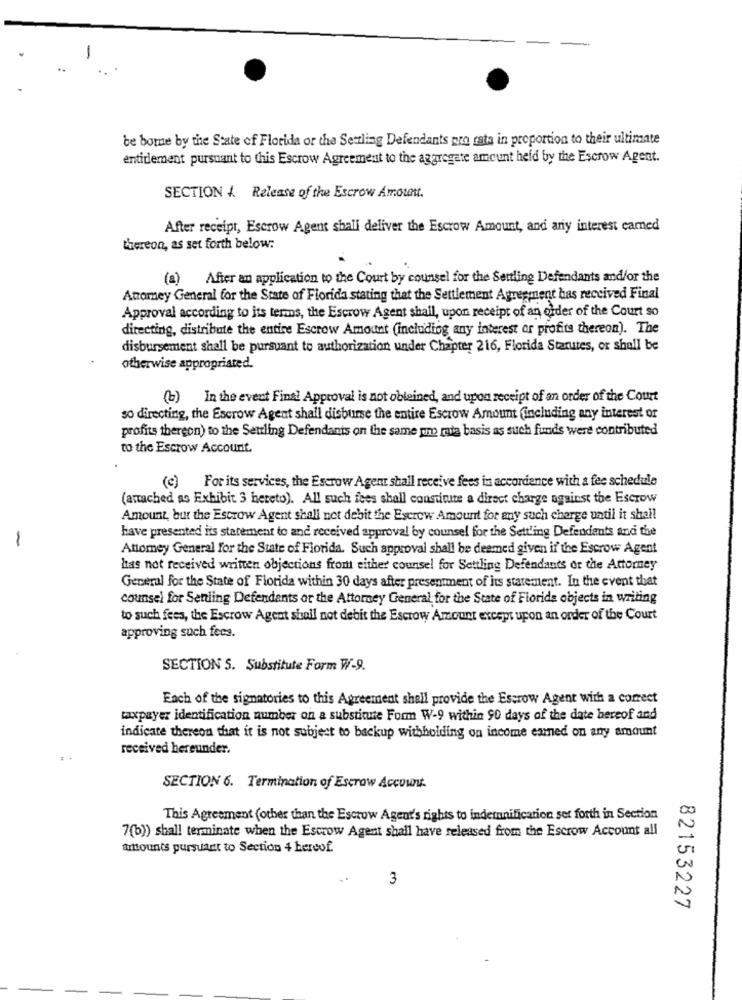
be borne by the State of Florida or the Settling Defendants pro rata in proportion to their ultimate
entitlement pursuant to this Escrow Agreement to the aggregate amount held by the Escrow Agent.
SECTION 4 Release of the Escrow Amount.
After receipt, Escrow Agent shall deliver the Escrow Amount, and any interest camed
thereon, as set forth below:
(a) After an application to the Court by counsel for the Settling Defendants and/or the
Atromey General for the State of Florida stating that the Settlement Agreement has received Final
Approval according to its terms, the Escrow Agent shall, upon receipt of an order of the Court so
directing, distribute the entire Escrow Amount (including any interest or profits thereon). The
disbursement shall be pursuant to authorization under Chapter 216, Florida Starutes, or shall be
otherwise appropriated.
(b) In the event Final Approval is not obtained, and upon receipt of an order of the Court
so directing, the Escrow Agent shall disburse the entire Escrow Amount (including any interest or
profits thereon) to the Settling Defendants on the same pro rata basis as such funds were contributed
to the Escrow Account.
(e) For its services, the Escrow Agent shall receive fees in accordance with a fee schedule
(attached as Exhibit 3 hereto). All such fees shall constitute a direct charge against the Escrow
Amount, but the Escrow Agent shall not debit the Escrow Amount for any such charge until it shall
have presented its statement to and received approval by counsel for the Settling Defendants and the
Attorney General for the State of Florida. Such approval shall be deemed given if the Escrow Agent
has not received written objections from either counsel for Settling Defendants or the Attorney
General for the State of Florida within 30 days after presentment of its statement. In the event that
counsel for Settling Defendants or the Attorney General for the State of Florida objects in writing
to such fees, the Escrow Agent shall not debit the Escrow Amount except upon an order of the Court
approving such fees.
SECTION S. Substitute Form W-9.
Each of the signatories to this Agreement shall provide the Escrow Agent with a correct
taxpayer identification number on a substitute Form W-9 within 90 days of the date hereof and
indicate thereon that it is not subject to backup withholding on income emmned on any amount
received hereunder.
SECTION 6. Termination of Escrow Account.
This Agreement (other than the Escrow Agent's rights to indemnification set forth in Section
7(b)) shall terminate when the Escrow Agent shall have released from the Escrow Account all
amounts pursuant to Section 4 bereof.
3
82153227